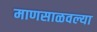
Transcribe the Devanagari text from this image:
माणसाळवल्या